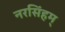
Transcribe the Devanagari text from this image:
नरसिंहम्